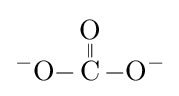
{\ce {^{-}O-{\overset {\displaystyle O \atop \|}{C}}-O^{-}}}